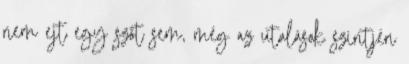
nem ejt egy szót sem, még az utalások szintjén